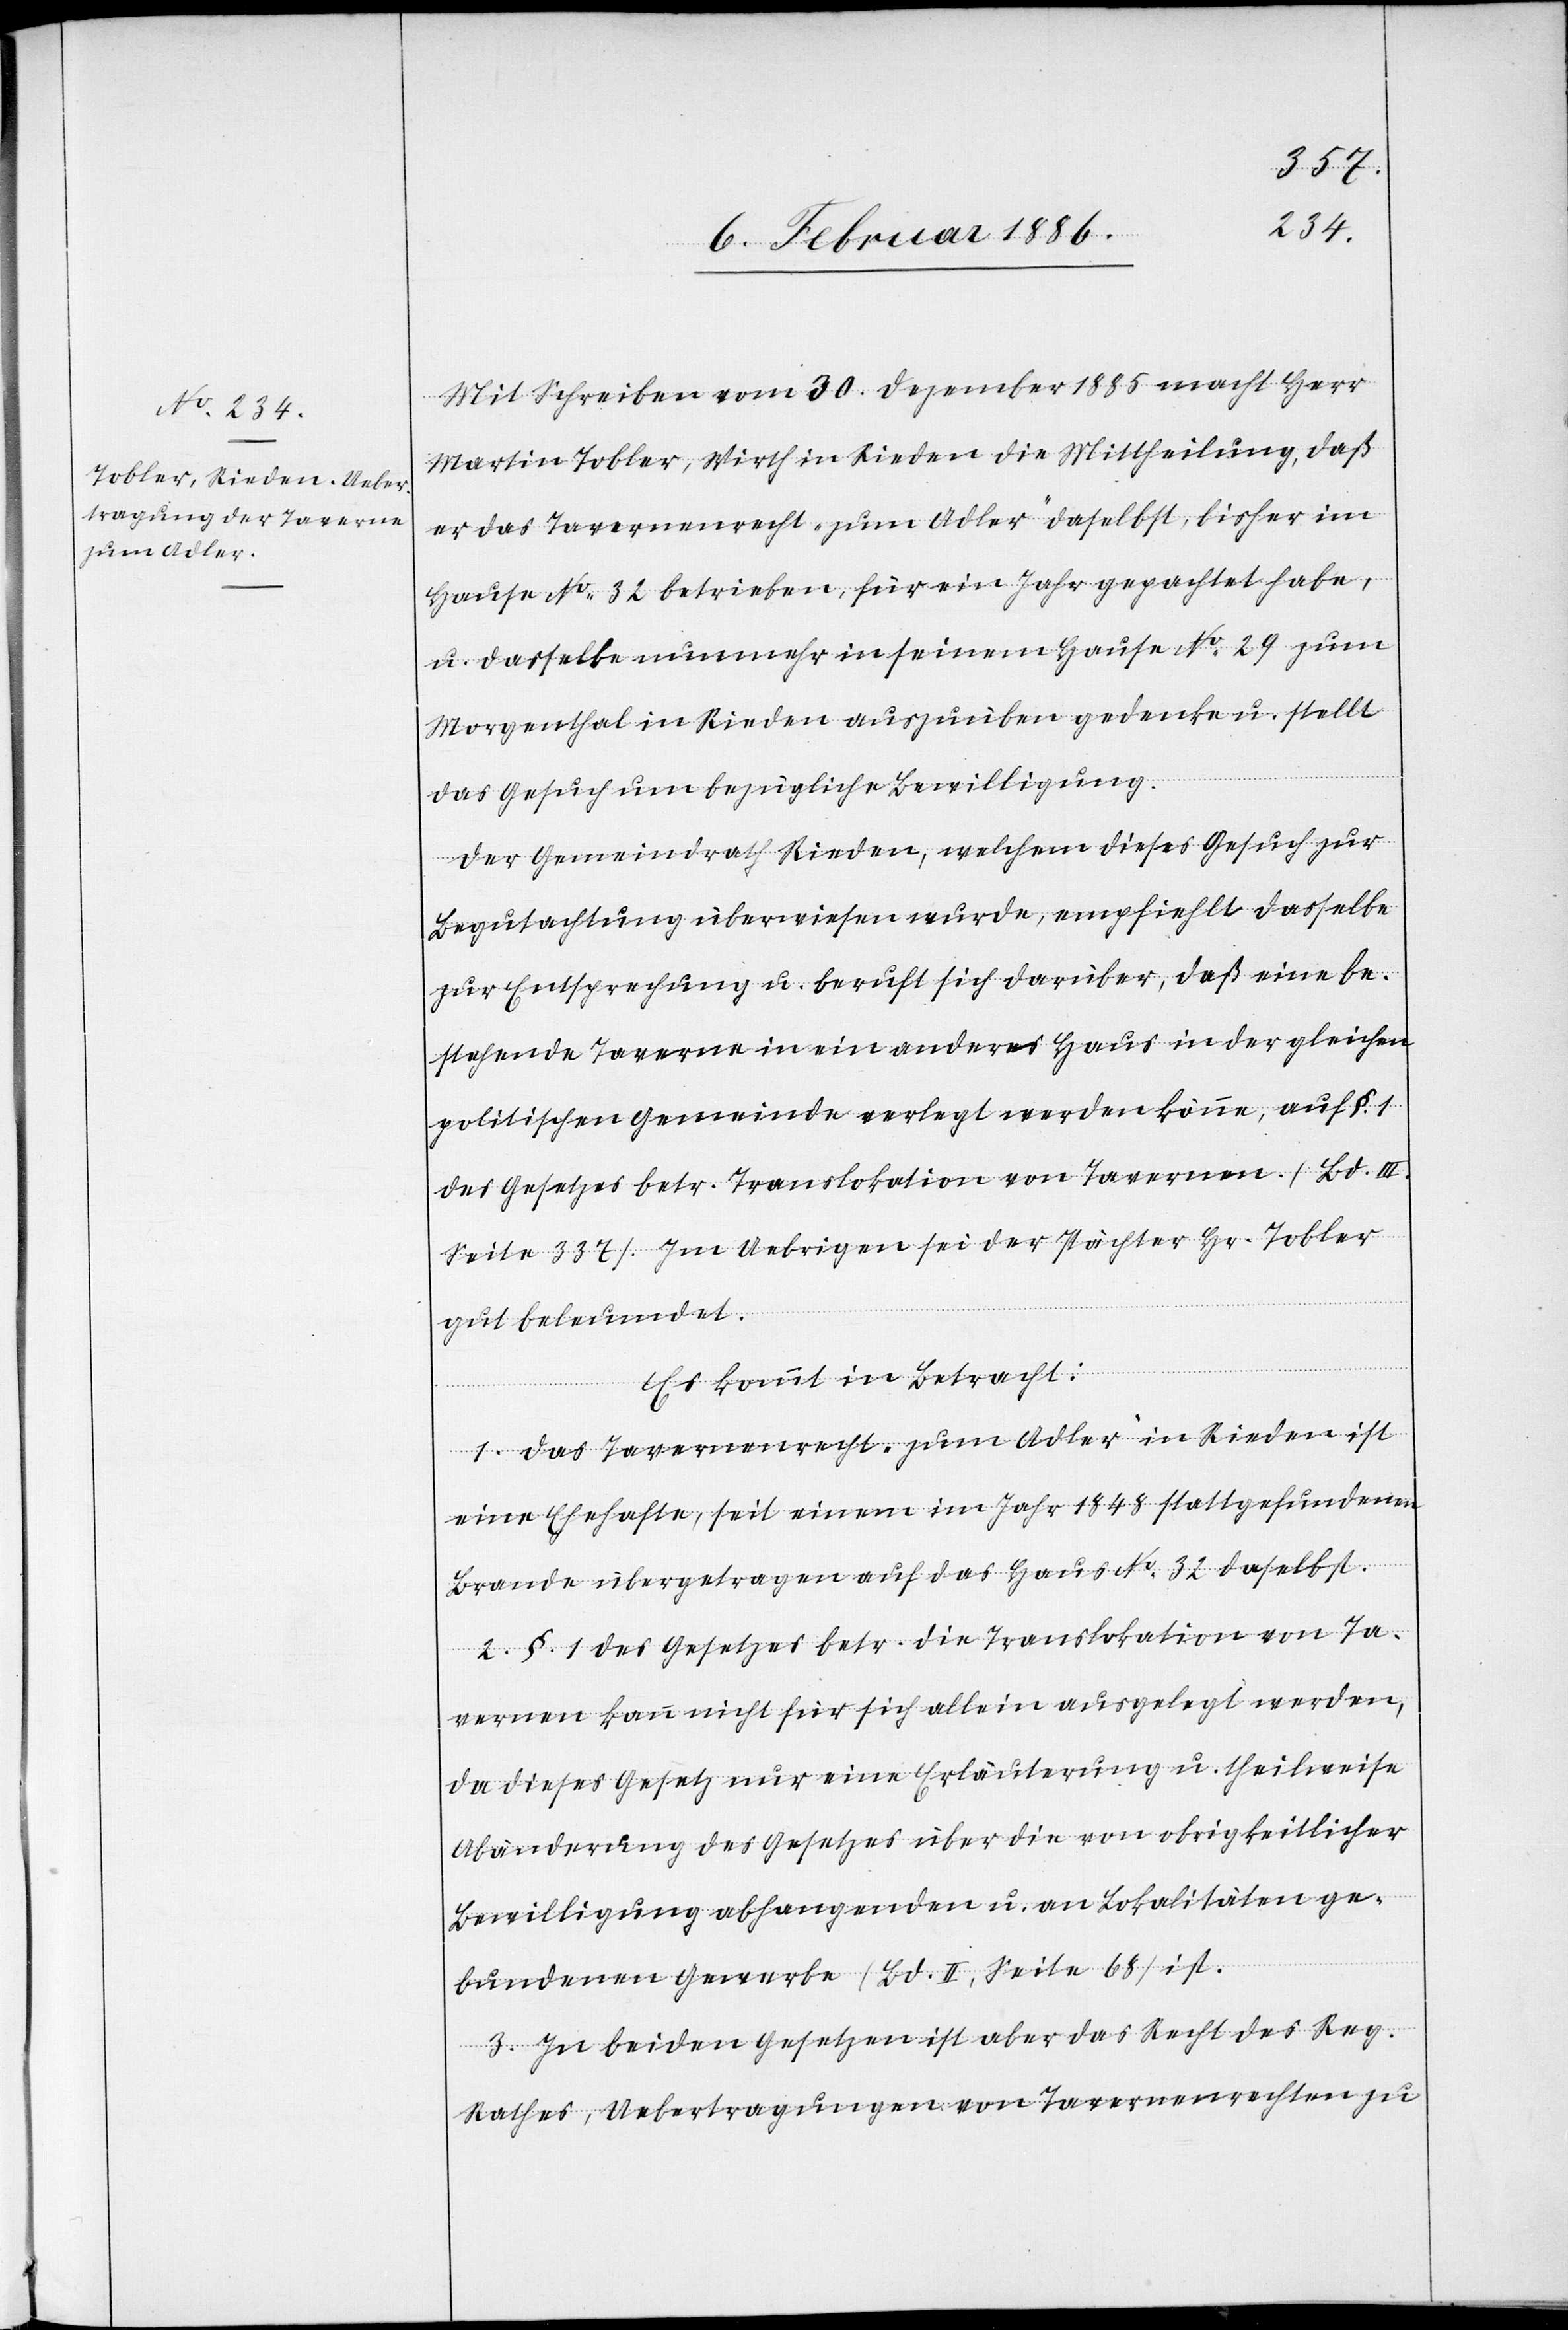
Mit Schreiben vom 30. Dezember 1885 macht Herr
Martin Tobler, Wirth in Rieden die Mittheilung, daß
er das Tavernenrecht „zum Adler“ daselbst, bisher im
Hause No. 32 betrieben, für ein Jahr gepachtet habe,
u. dasselbe nunmehr in seinem Hause No 29 zum
Morgenthal in Rieden auszuüben gedenke u. stellt
das Gesuch um bezügliche Bewilligung.
Der Gemeindrath Rieden, welchem dieses Gesuch zur
Begutachtung überwiesen wurde, empfiehlt dasselbe
zur Entsprechung u. beruft sich darüber, daß eine be¬
stehende Taverne in ein anderes Haus in der gleichen
politischen Gemeinde verlegt werden könne, auf §. 1
des Gesetzes betr. Translokation von Tavernen. (Bd. III.
Seite 337). Im Uebrigen sei der Pächter Hr. Tobler
gut beleumdet.
Es kommt in Betracht:
1. Das Tavernenrecht „zum Adler“ in Rieden ist
eine Ehehafte, seit einem im Jahr 1848 stattgefundenen
Brande übertragen auf das Haus No 32 daselbst.
2. §. 1 des Gesetzes betr. die Translokation von Ta¬
vernen kann nicht für sich allein ausgelegt werden,
da dieses Gesetz nur eine Erläuterung u. theilweise
Abänderung des Gesetzes über die von obrigkeitlicher
Bewilligung abhangenden u. an Lokalitäten ge¬
bundenen Gewerbe (Bd. II, Seite 68) ist.
3. Zu beiden Gesetzen ist aber das Recht des Reg.
Rathes, Uebertragungen von Tavernenrechten zu